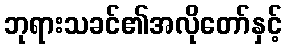
ဘုရားသခင်၏အလိုတော်နှင့်